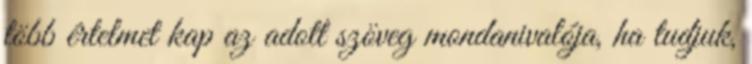
több értelmet kap az adott szöveg mondanivalója, ha tudjuk,